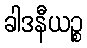
ခါဒနီယဉ္စ